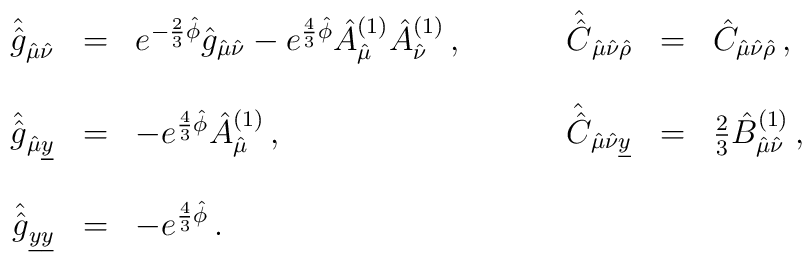
\begin{array}{rclrcl}\hat{\hat{g}}_{\hat{\mu}\hat{\nu}}&=&e^{-\frac{2}{3}\hat{\phi}}\hat{g}_{\hat{\mu}\hat{\nu}}-e^{\frac{4}{3}\hat{\phi}}\hat{A}^{(1)}_{\hat{\mu}}\hat{A}^{(1)}_{\hat{\nu}}\, ,\hspace{1cm}&\hat{\hat{C}}_{\hat{\mu}\hat{\nu}\hat{\rho}}&=&\hat{C}_{\hat{\mu}\hat{\nu}\hat{\rho}}\, ,\\& & & & &\\\hat{\hat{g}}_{\hat{\mu}\underline{y}}&=&-e^{\frac{4}{3}\hat{\phi}}\hat{A}^{(1)}_{\hat{\mu}}\, ,&\hat{\hat{C}}_{\hat{\mu}\hat{\nu}\underline{y}}&=&\frac{2}{3}\hat{B}^{(1)}_{\hat{\mu}\hat{\nu}}\, ,\\& & & & &\\\hat{\hat{g}}_{\underline{y}\underline{y}}&=&-e^{\frac{4}{3}\hat{\phi}}\, .& & &\\\end{array}